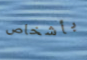
بأشخاص